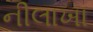
નીલાખા